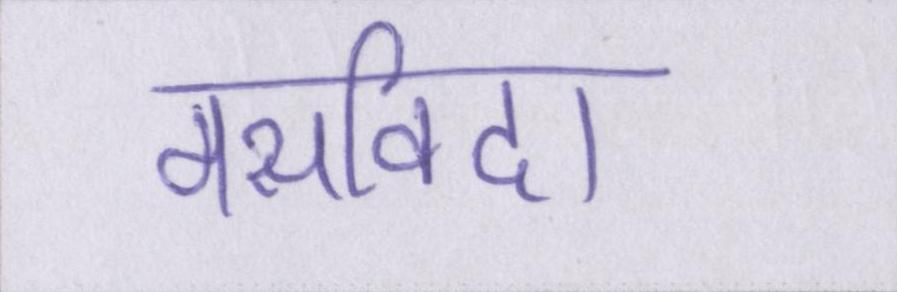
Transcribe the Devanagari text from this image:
मसविदा